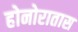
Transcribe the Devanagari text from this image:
होनोरातास